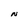
Character: N